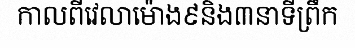
កាលពីវេលាម៉ោង៩និង៣នាទីព្រឹក